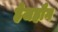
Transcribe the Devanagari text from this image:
हेजहौग